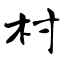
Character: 村